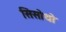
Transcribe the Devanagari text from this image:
सिसोथो